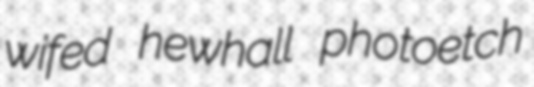
wifed hewhall photoetch